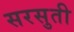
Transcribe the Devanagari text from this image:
सरसुती